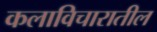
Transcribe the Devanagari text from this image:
कलाविचारातील